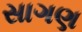
સાગણ